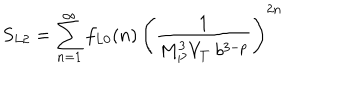
S _ { L 2 } = \sum _ { n = 1 } ^ { \infty } f _ { L 0 } ( n ) \, \left( { \frac { 1 } { M _ { P } ^ { 3 } V _ { T } ~ b ^ { 3 - p } } } \right) ^ { 2 n }